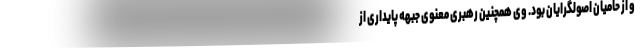
و از حامیان اصولگرایان بود. وی همچنین رهبری معنوی جبهه پایداری از